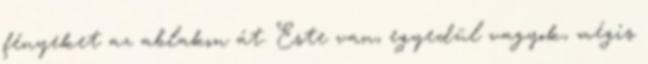
fényeket az ablakon át. Este van, egyedül vagyok, mégis